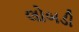
લોબડી